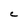
Character: C